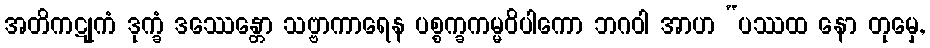
အတိကဋုကံ ဒုက္ခံ ဒဿေန္တော သဗ္ဗာကာရေန ပစ္စက္ခကမ္မဝိပါကော ဘဂဝါ အာဟ “ပဿထ နော တုမှေ,